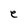
Character: e